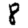
Digit: 8